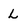
Character: L